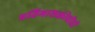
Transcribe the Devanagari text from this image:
प्रतिभाशक्तीचीही